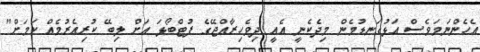
އެހެންނަމަވެސް އަޅުގަނޑުމެން މިދެކެނީ އެއީ ދިވެހިރާއްޖޭގެ ފުޓްބޯޅަ އަށް ލިބޭ ކުރިއެރުމެއް ކަމަށް"